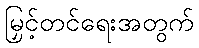
မြှင့်တင်ရေးအတွက်